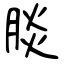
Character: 腅